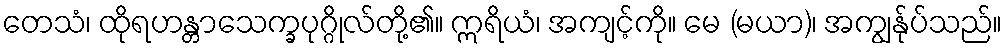
တေသံ၊ ထိုရဟန္တာသေက္ခပုဂ္ဂိုလ်တို့၏။ ဣရိယံ၊ အကျင့်ကို။ မေ (မယာ)၊ အကျွန်ုပ်သည်။